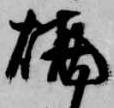
焼